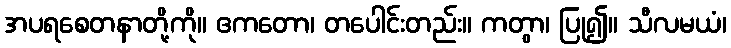
အပရစေတနာတို့ကို။ ဧကတော၊ တပေါင်းတည်း။ ကတွာ၊ ပြု၍။ သီလမယံ၊